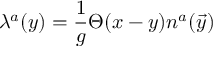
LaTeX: \lambda ^ { a } ( y ) = { \frac { 1 } { g } } \Theta ( x - y ) n ^ { a } ( \vec { y } )